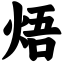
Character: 焐